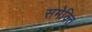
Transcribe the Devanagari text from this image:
समेक्ति